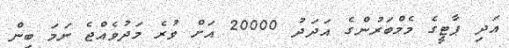
އަދި ޕާޓީގެ މެމްބަރުންގެ އަދަދު 20000 އަށް ވުރެ މަދުވެއްޖެ ނަމަ ބިން